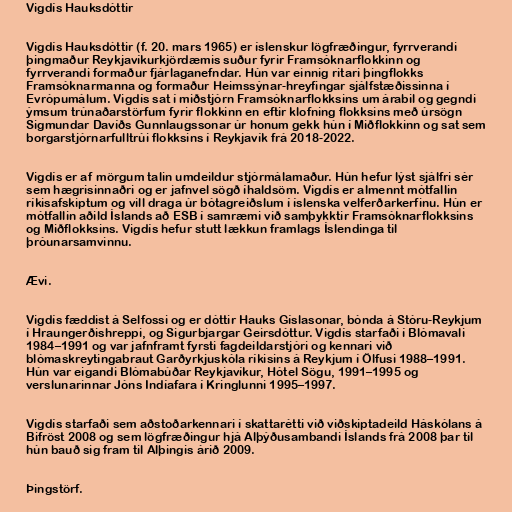
Vigdís Hauksdóttir

Vigdís Hauksdóttir (f. 20. mars 1965) er íslenskur lögfræðingur, fyrrverandi
þingmaður Reykjavíkurkjördæmis suður fyrir Framsóknarflokkinn og
fyrrverandi formaður fjárlaganefndar. Hún var einnig ritari þingflokks
Framsóknarmanna og formaður Heimssýnar-hreyfingar sjálfstæðissinna í
Evrópumálum. Vigdís sat í miðstjórn Framsóknarflokksins um árabil og gegndi
ýmsum trúnaðarstörfum fyrir flokkinn en eftir klofning flokksins með úrsögn
Sigmundar Davíðs Gunnlaugssonar úr honum gekk hún í Miðflokkinn og sat sem
borgarstjórnarfulltrúi flokksins í Reykjavík frá 2018-2022.

Vigdís er af mörgum talin umdeildur stjórmálamaður. Hún hefur lýst sjálfri sér
sem hægrisinnaðri og er jafnvel sögð íhaldsöm. Vigdís er almennt mótfallin
ríkisafskiptum og vill draga úr bótagreiðslum í íslenska velferðarkerfinu. Hún er
mótfallin aðild Íslands að ESB í samræmi við samþykktir Framsóknarflokksins
og Miðflokksins. Vigdís hefur stutt lækkun framlags Íslendinga til
þróunarsamvinnu.

Ævi.

Vigdís fæddist á Selfossi og er dóttir Hauks Gíslasonar, bónda á Stóru-Reykjum
í Hraungerðishreppi, og Sigurbjargar Geirsdóttur. Vigdís starfaði í Blómavali
1984–1991 og var jafnframt fyrsti fagdeildarstjóri og kennari við
blómaskreytingabraut Garðyrkjuskóla ríkisins á Reykjum í Ölfusi 1988–1991.
Hún var eigandi Blómabúðar Reykjavíkur, Hótel Sögu, 1991–1995 og
verslunarinnar Jóns Indíafara í Kringlunni 1995–1997.

Vigdís starfaði sem aðstoðarkennari í skattarétti við viðskiptadeild Háskólans á
Bifröst 2008 og sem lögfræðingur hjá Alþýðusambandi Íslands frá 2008 þar til
hún bauð sig fram til Alþingis árið 2009.

Þingstörf.